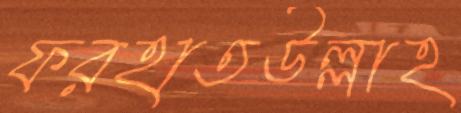
ফরহাতউল্লাহ